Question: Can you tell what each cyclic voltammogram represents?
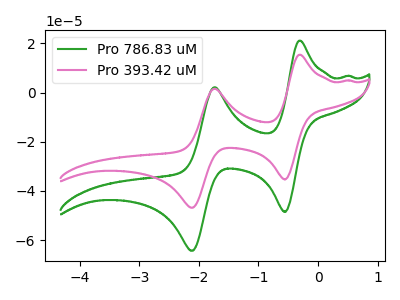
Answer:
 <answer>The green curve is labeled "Pro 786.83 uM". The pink curve is labeled "Pro 393.42 uM".</answer>
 <eval></eval>